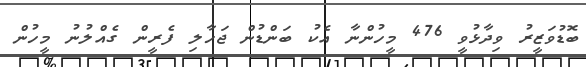
ބޮޑުވަޒީރު ވިދާޅުވީ 476 މީހުންނާ އެކު ބަންޑުން ޖަހާލި ފެރީން ގެއްލުނު މީހުން